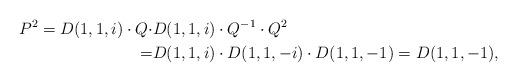
LaTeX: \begin{align*}P^2=D(1,1,i)\cdot Q\cdot &D(1,1,i)\cdot Q^{-1}\cdot Q^2\\=&D(1,1,i)\cdot D(1,1,-i)\cdot D(1,1,-1)=D(1,1,-1),\end{align*}